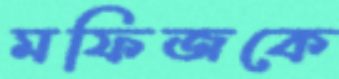
মফিজকে